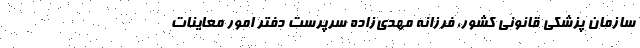
سازمان پزشکی قانونی کشور، فرزانه مهدی‌زاده سرپرست دفتر امور معاینات